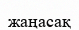
жаңасақ